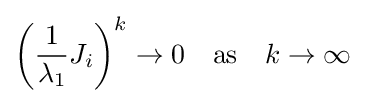
\left({\frac {1}{\lambda _{1}}}J_{i}\right)^{k}\to 0\quad {\text{as}}\quad k\to \infty